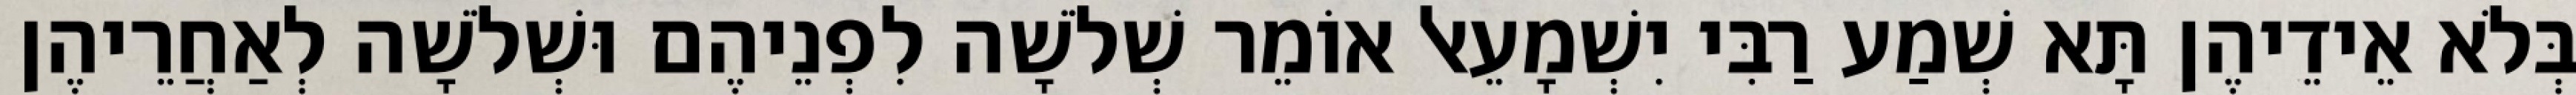
בְּלֹא אֵידֵיהֶן תָּא שְׁמַע רַבִּי יִשְׁמָעֵאל אוֹמֵר שְׁלֹשָׁה לִפְנֵיהֶם וּשְׁלֹשָׁה לְאַחֲרֵיהֶן